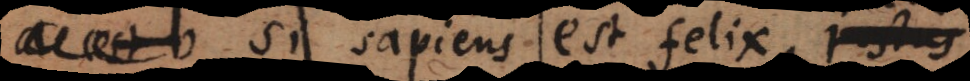
Si sapiens est felix, justus